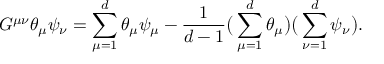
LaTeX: G ^ { \mu \nu } \theta _ { \mu } \psi _ { \nu } = \sum _ { \mu = 1 } ^ { d } \theta _ { \mu } \psi _ { \mu } - \frac { 1 } { d - 1 } \big ( \sum _ { \mu = 1 } ^ { d } \theta _ { \mu } \big ) \big ( \sum _ { \nu = 1 } ^ { d } \psi _ { \nu } \big ) .